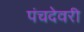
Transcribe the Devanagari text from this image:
पंचदेवरी